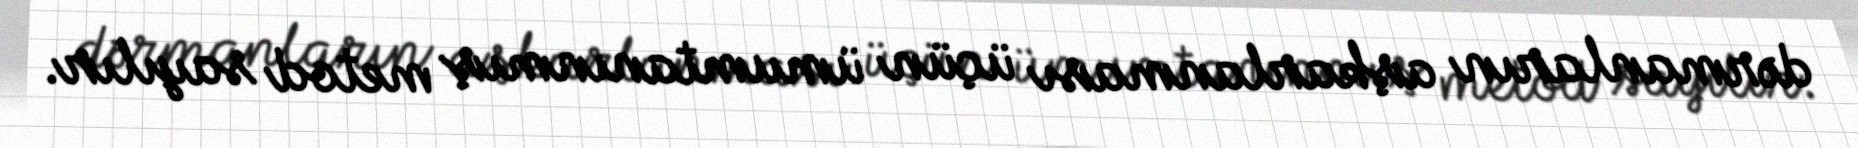
dərmanların aşkarlanması üçün ümumtanınmış metod sayılır.